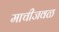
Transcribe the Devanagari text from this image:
माचीजवळ